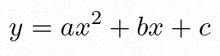
y=ax^2+bx+c